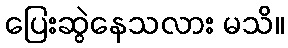
ပြေးဆွဲနေသလား မသိ။